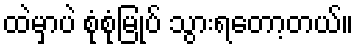
ထဲမှာပဲ စုံစုံမြုပ် သွားရတော့တယ်။